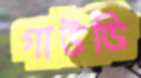
গাউডি